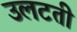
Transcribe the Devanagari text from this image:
उलटती